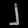
Digit: ၂